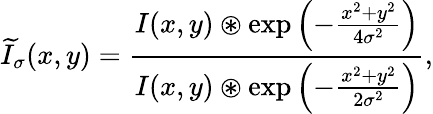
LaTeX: \widetilde{I}_{\sigma}(x,y)=\frac{I(x,y)\circledast\exp\left(-\frac{x^{2}+y^{2}}{4\sigma^{2}}\right)}{I(x,y)\circledast\exp\left(-\frac{x^{2}+y^{2}}{2\sigma^{2}}\right)},